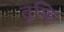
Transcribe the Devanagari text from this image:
तुम्हि